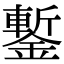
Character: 鏨